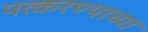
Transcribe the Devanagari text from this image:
पत्करण्याच्या